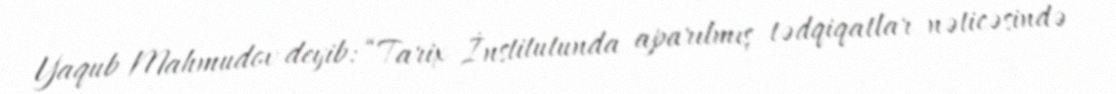
Yaqub Mahmudov deyib: “Tarix İnstitutunda aparılmış tədqiqatlar nəticəsində